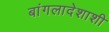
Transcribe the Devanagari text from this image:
बांगलादेशाशी